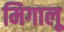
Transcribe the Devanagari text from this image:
मिगालू